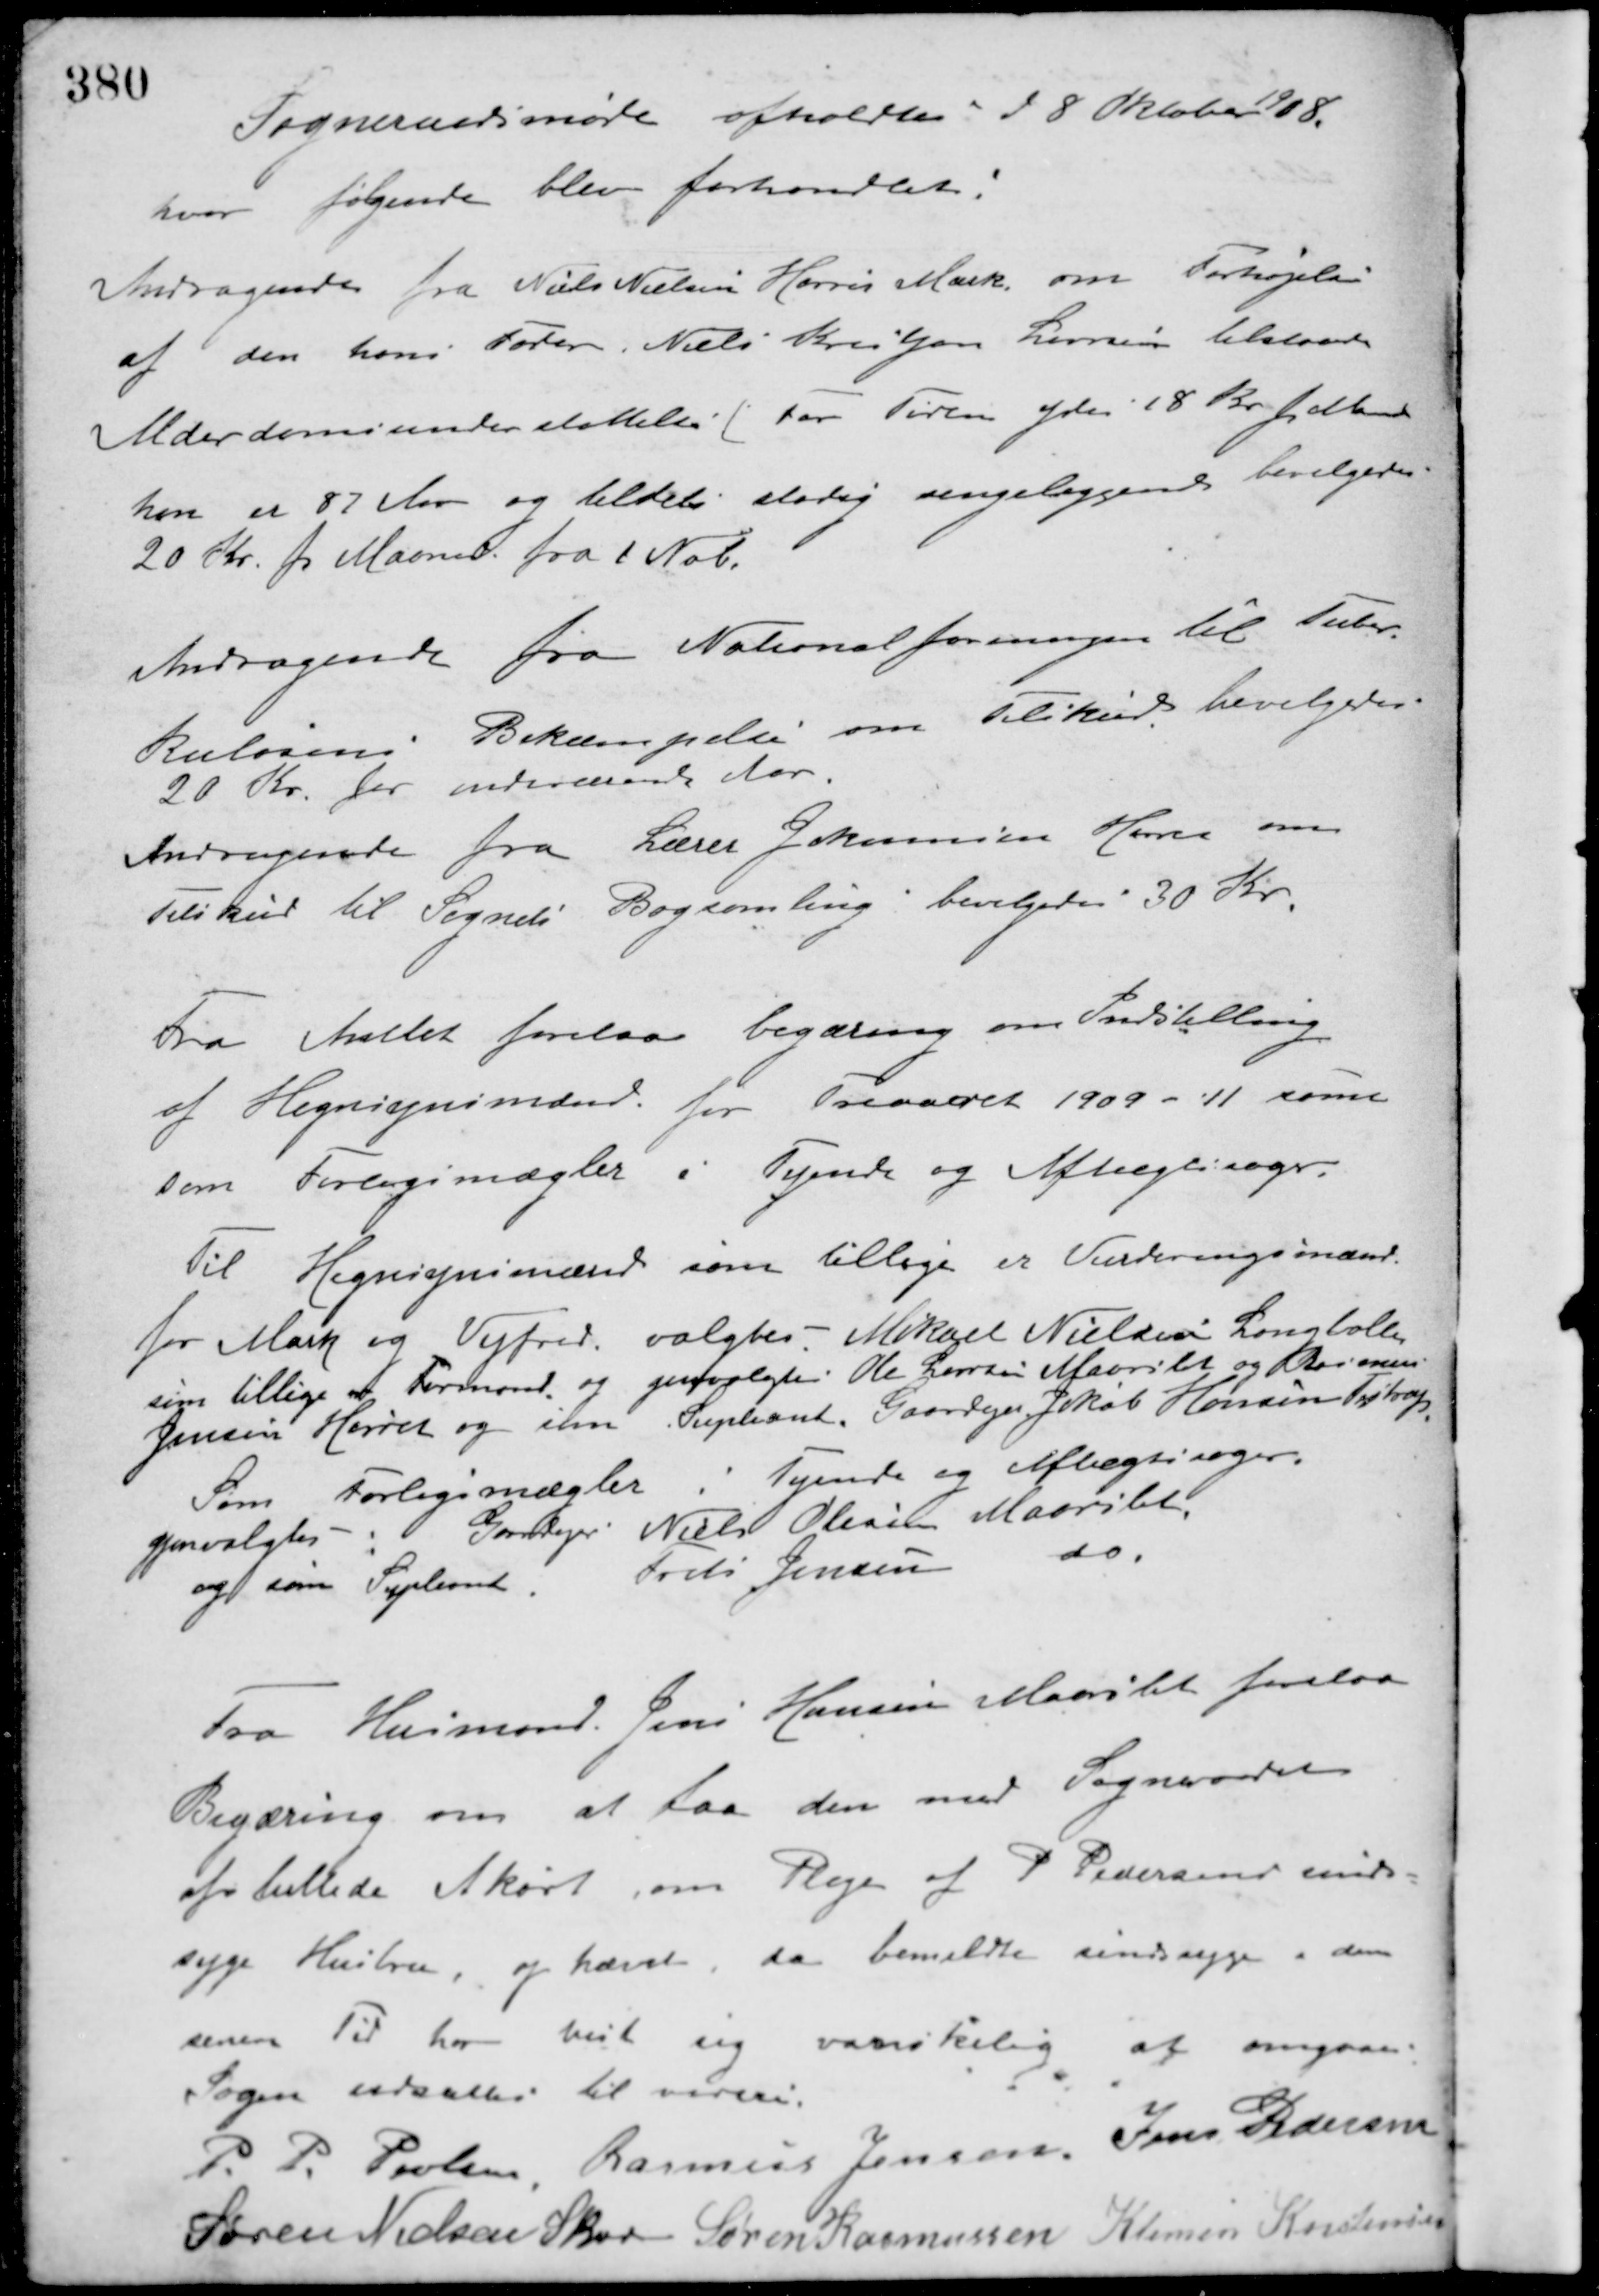
Transskription:
Sogneraadsmøde afholdtes d 8 Oktober 1908.
hvor følgende blev forhandlet.
Andragende fra Niels Nielsen Høret Mark om Forhøjelse
af den hans Fader Niels Kristjan Larsen tilstaaede
Alderdomsunderstøttelse. For Tiden ydes 18 Kr. pr. Maned
han er 87 Aar og tildels stadig sengeliggende bevilgedes
20 Kr. pr. Maaned fra 1 Nob.
Andragende fra Nationalforeningen til Tuber-
kulosens Bekæmpelse om Tilskud bevilgedes
20 Kr. for indeværende Aar.
Andragende fra Lærer Johansen Hørret om
Tilskud til Sognets Bogsamling, bevilgedes 30 Kr.
Fra Amtet forelaa begæring om Indstilling
af Hegnsynsmænd for Treaaret 1909 - 11 samt
som Forligsmægler i Tyende og Aftægtssager.
Til Hegnsynsmænd som tillige er Vurderingsmænd
for Mark og Vejfred valgtes Mikael Nielsen Langballe
som tillige er Formand og genvalgtes Ole Larsen Maarslet og Rasmus
Jensen Hørret og som Supleant, Gaardejer Jakob Hansen Testrup.
Som Forligsmægler i Tyende og Aflægtssager
genvalgtes Gardejer Niels Olesen Maarslet
og som Supleant Frits Jensen do.
Fra Husmand Jens Hansen Maarslet forelaa
Begæring om at faa den med Sogneraadet
afsluttede Akort om Pleje af P. Pedersens sinds-
syge Hustru, og hævet, da bemeldte sindssyge i den
senere Tid har vist sig vanskelig at omgaaes.
Sagen udsattes til senere.
P. P. Poulsen Rasmus Jensen Jens Pedersen
Søren Nielsen Skov Søren Rasmussen Klemen Kristensen